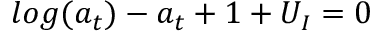
{ l o g ( a _ { t } ) - a _ { t } + 1 + U _ { I } = 0 }